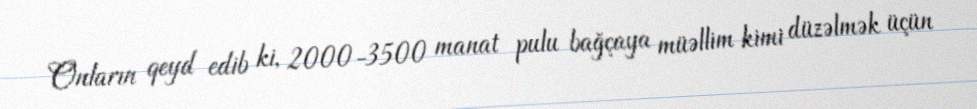
Onların qeyd edib ki, 2000-3500 manat pulu bağçaya müəllim kimi düzəlmək üçün